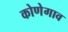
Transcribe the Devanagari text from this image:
कोणेगाव